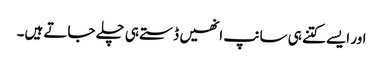
اور ایسے کتنے ہی سانپ انھیں ڈستے ہی چلے جاتے ہیں۔